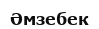
Әмзебек